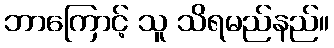
ဘာကြောင့် သူ သိရမည်နည်။